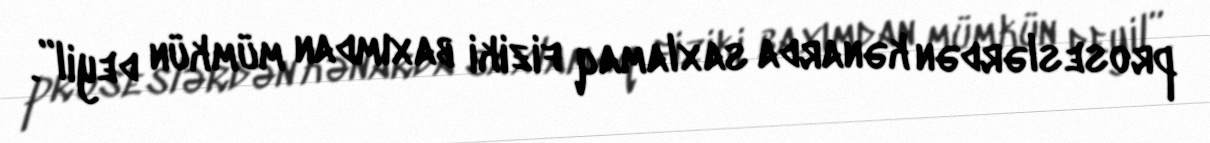
proseslərdən kənarda saxlamaq fiziki baxımdan mümkün deyil”.